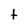
Character: t